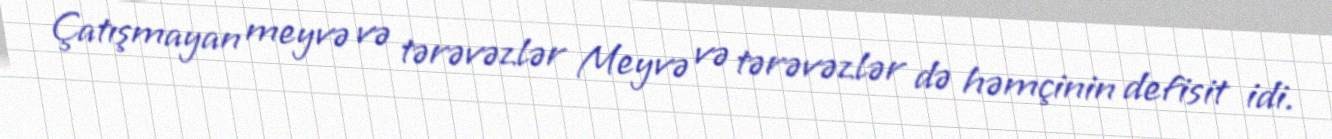
Çatışmayan meyvə və tərəvəzlər Meyvə və tərəvəzlər də həmçinin defisit idi.